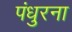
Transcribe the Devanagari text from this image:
पंधुरना